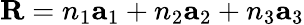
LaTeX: \mathbf{R}=n_{1}\mathbf{a}_{1}+n_{2}\mathbf{a}_{2}+n_{3}\mathbf{a}_{3}